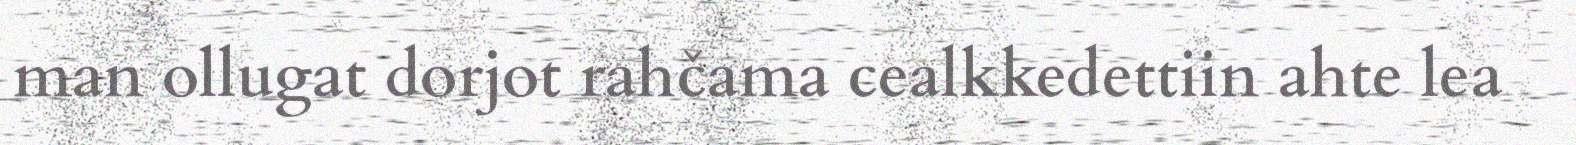
man ollugat dorjot rahčama cealkkedettiin ahte lea